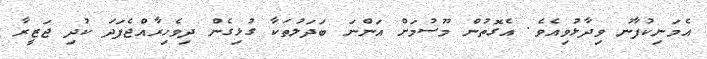
އެމަނިކުފާނު ވިދާޅުވިއެވެ. އެގޮތުން މޫސުމަށް އަންނަ ބަދަލުތަކާ ގުޅިގެން ދިވެހިރާއްޖެފަދަ ކުދި ޖަޒީރާ